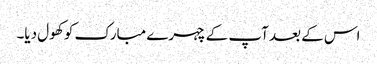
اس کے بعد آپ کے چہرے مبارک کو کھول دیا۔